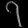
Digit: ၇